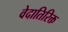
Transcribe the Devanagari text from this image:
वेदातिरिक्त